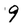
Character: 9